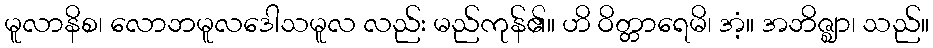
မူလာနိစ၊ လောဘမူလဒေါသမူလ လည်း မည်ကုန်၏။ ဟိ ဝိတ္တာရေမိ၊ အံ့။ အဘိဇ္ဈာ၊ သည်။